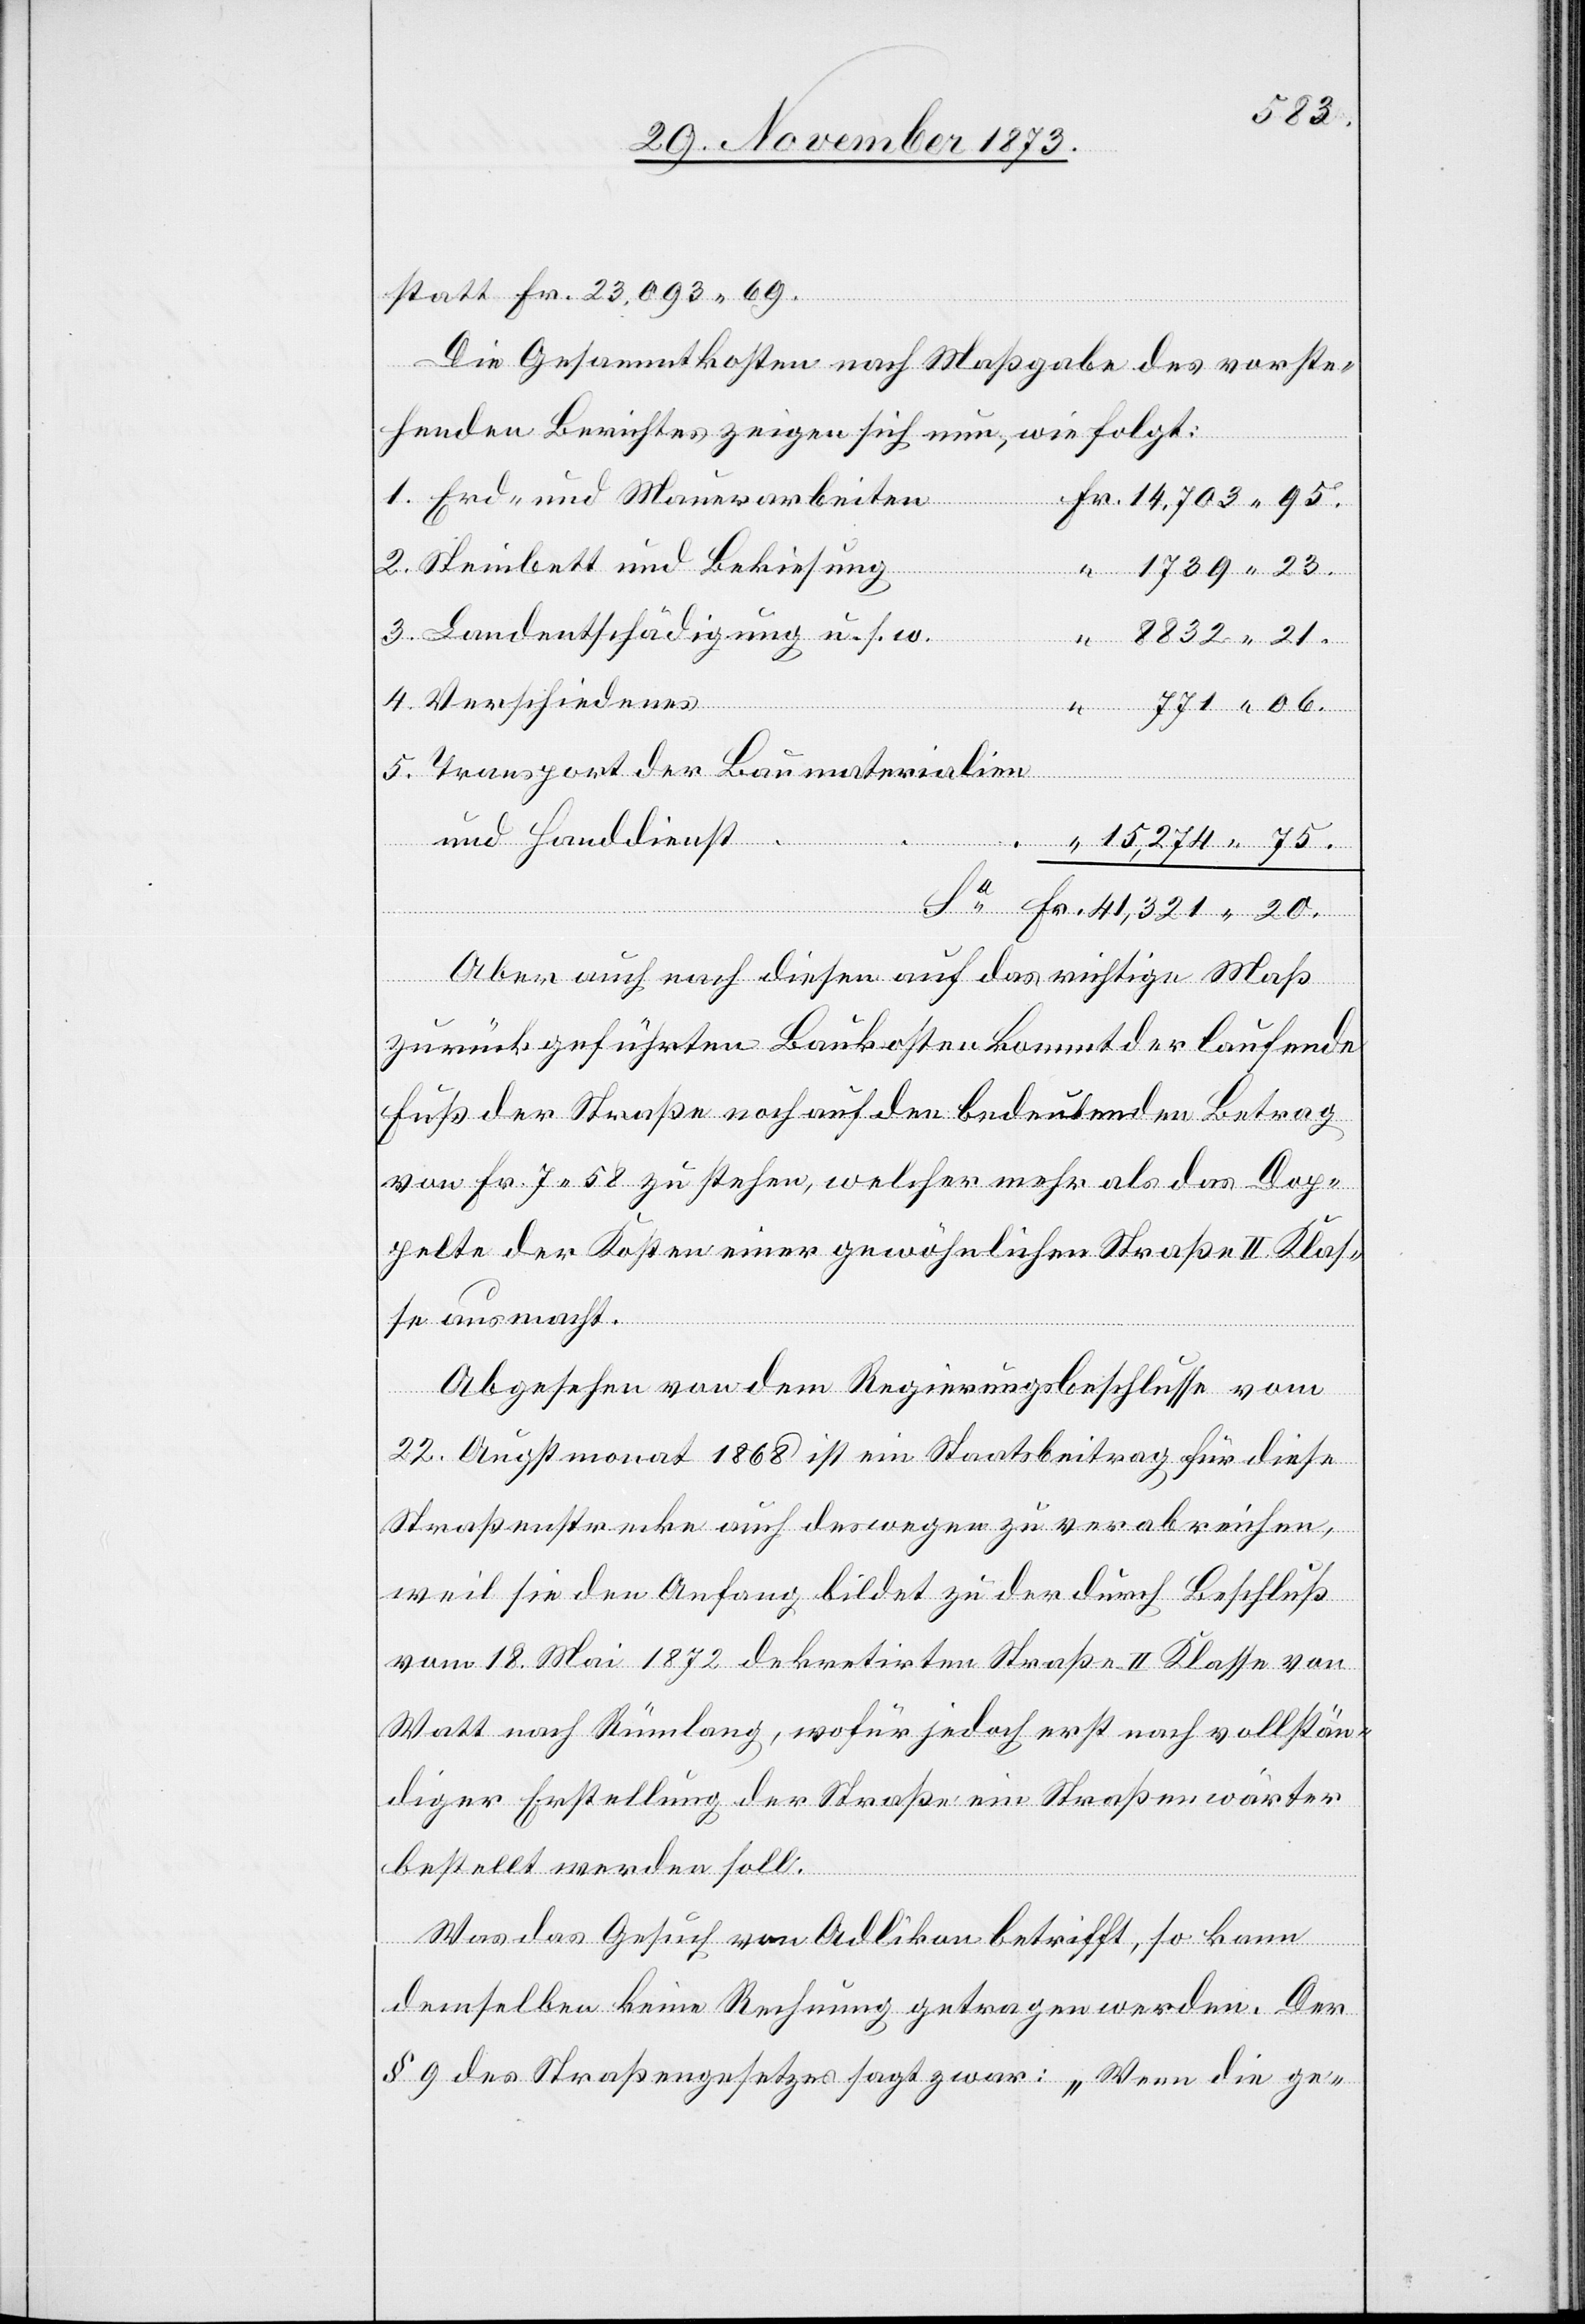
8 832
statt Fr. 23,093 69.
Die Gesammtkosten nach Maßgabe des vorste¬
henden Berichtes zeigen sich nun, wie folgt:
20.
1. Erd- und Mauerarbeiten
2. Steinbett und Bekiesung
23.
3. Landentschädigung u. s. w.
4. Verschiedenes
5. Transport der Baumaterialien
und Handdienst
Aber auch nach diesen auf das richtige Maß
zurückgeführten Baukosten kommt der laufende
Fuß der Straße noch auf den bedeutenden Betrag
von Fr. 7 58 zu stehen, welcher mehr als das Dop¬
pelte der Kosten einer gewöhnlichen Straße II. Klas¬
se ausmacht.
Abgesehen von dem Regierungsbeschlusse vom
22. Augstmonat 1868 ist ein Staatsbeitrag für diese
Straßenstrecke auch deswegen zu verabreichen,
weil sie den Anfang bildet zu der durch Beschluß
vom 18. Mai 1872 dekretirten Straße II. Klasse von
Watt nach Rümlang, wofür jedoch erst nach vollstän¬
diger Erstellung der Straße ein Straßenwärter
bestellt werden soll.
Was das Gesuch von Adlikon betrifft, so kann
demselben keine Rechnung getragen werden. Der
§ 9 des Straßengesetzes sagt zwar: „Wenn die ge-